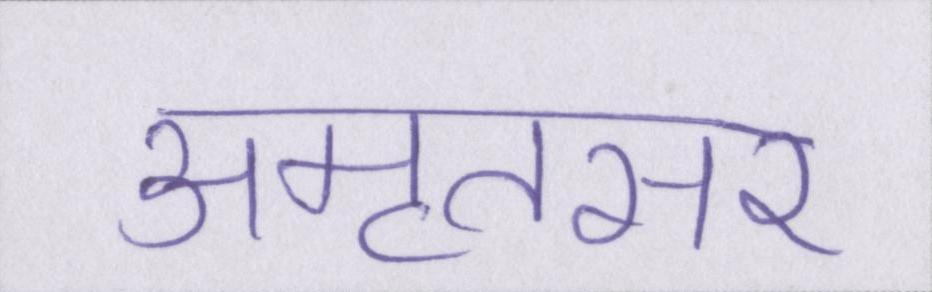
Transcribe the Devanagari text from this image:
अमृतसर